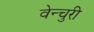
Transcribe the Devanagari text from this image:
वेन्चुरी